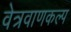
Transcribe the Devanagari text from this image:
वेत्रवाणकल्प